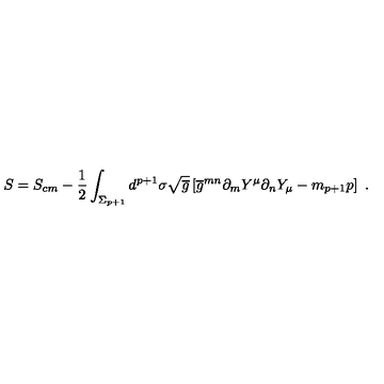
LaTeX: S = S _ { c m } - { \frac { 1 } { 2 } } \int _ { \Sigma _ { p + 1 } } d ^ { p + 1 } \sigma \sqrt { \overline { g } } \left[ \overline { { g } } ^ { m n } \partial _ { m } Y ^ { \mu } \partial _ { n } Y _ { \mu } - m _ { p + 1 } p \right] \ .